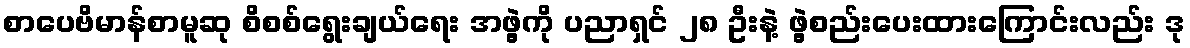
စာပေဗိမာန်စာမူဆု စိစစ်ရွေးချယ်ရေး အဖွဲ့ကို ပညာရှင် ၂၈ ဦးနဲ့ ဖွဲ့စည်းပေးထားကြောင်းလည်း ဒု